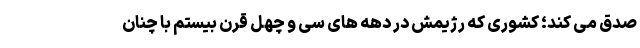
صدق می‌ کند؛ کشوری که رژیمش در دهه ‌های سی و چهل قرن بیستم با چنان